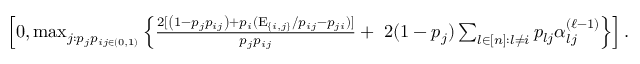
\begin{array} { r l } & { \left[ 0 , \operatorname* { m a x } _ { j : p _ { j } p _ { i j \in ( 0 , 1 ) } } \left\{ \frac { 2 [ \left( 1 - p _ { j } p _ { i j } \right) + p _ { i } ( \mathrm { E } _ { \{ i , j \} } / p _ { i j } - p _ { j i } ) ] } { p _ { j } p _ { i j } } + \; 2 ( 1 - p _ { j } ) \sum _ { l \in [ n ] : l \neq i } p _ { l j } \alpha _ { l j } ^ { ( \ell - 1 ) } \right\} \right] . } \end{array}